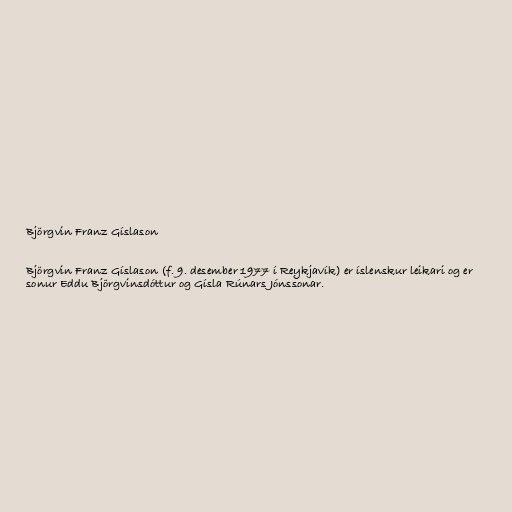
Björgvin Franz Gíslason

Björgvin Franz Gíslason (f. 9. desember 1977 í Reykjavík) er íslenskur leikari og er
sonur Eddu Björgvinsdóttur og Gísla Rúnars Jónssonar.